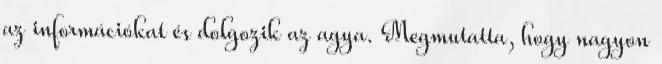
az információkat és dolgozik az agya. Megmutatta, hogy nagyon